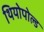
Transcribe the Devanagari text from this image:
थियोपोल्ड